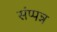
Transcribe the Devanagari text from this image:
संप्पन्न